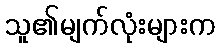
သူ၏မျက်လုံးများက